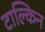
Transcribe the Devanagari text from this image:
टाल्किन